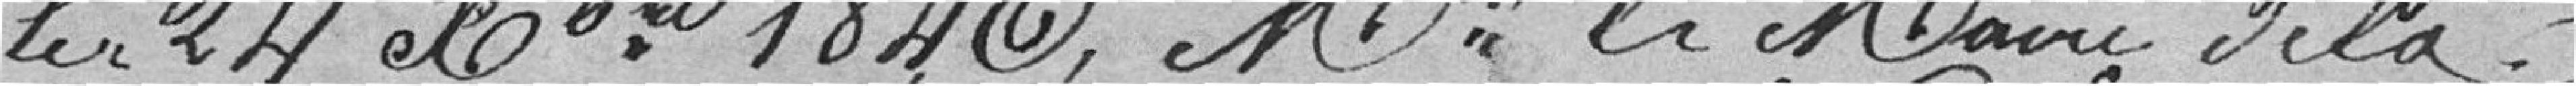
le 24 octobre 1840, Monsieur le Maire de la